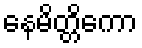
နေမိတ္တိကော